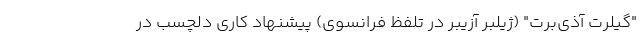
"گیلرت آذی‌برت" (ژیلبر آزیبر در تلفظ فرانسوی) پیشنهاد کاری دلچسب در